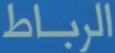
الرباط